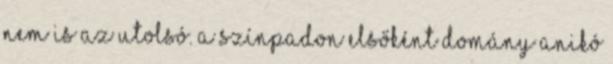
nem is az utolsó. A színpadon elsőként Domány Anikó